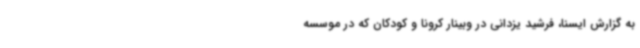
به گزارش ایسنا، فرشید یزدانی در وبینار کرونا و کودکان که در موسسه